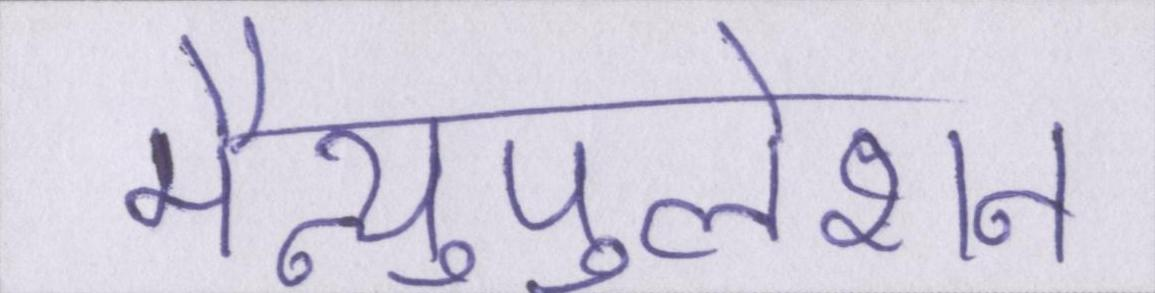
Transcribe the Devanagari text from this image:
मैन्युपुलेशन